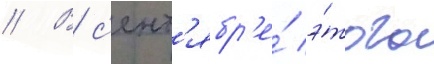
// В с'ент'ябр'е́ э́того